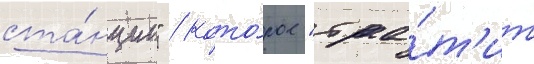
ста́нции" / кото́рое "тра́т'ит